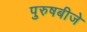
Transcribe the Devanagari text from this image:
पुरुषबीजे